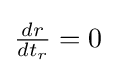
{\tfrac {dr}{dt_{r}}}=0